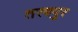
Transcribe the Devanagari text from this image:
तरबपुर